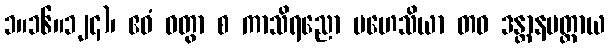
၁။၁၆။၁၂၄)၊ ဧဝံ ဝတွာ စ ကာသိရညော မဟေသိယာ တဝ ဒန္တာနမတ္ထာယ